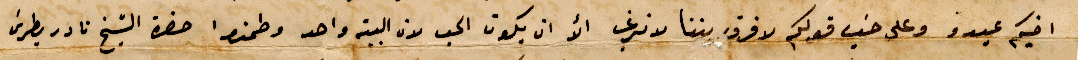
اخيكم عبدو وعلى حسب قولكم لا فرق بيننا لا نرغب ان يكون الحب لان البيت واحد وطمنوا حضرة الشيخ نادر بطرس